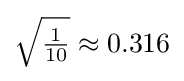
{\sqrt {\tfrac {1}{10}}}\approx 0.316